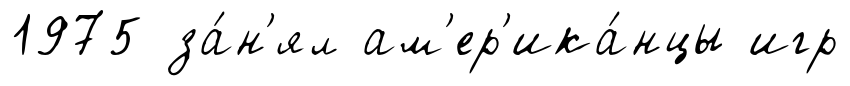
1975 за́н'ял ам'ер'ика́нцы игр